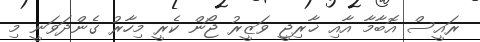
ރައީސް އޮބާމާ އާއި ޚާރިޖީ ވަޒީރު ޖޯން ކެރީ މިހާރު ގެންދަވަނީ މި